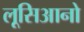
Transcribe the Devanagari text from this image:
लूसिआनो